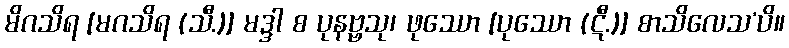
မိဂသိရ [မဂသိရ (သီ.)] မဒ္ဒါ စ ပုနဗ္ဗသု၊ ဖုဿော [ပုဿော (ဋီ.)] စာသိလေသ’ပိ။